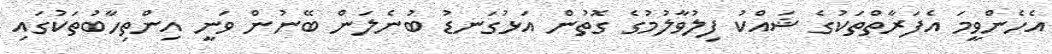
އެހެންވީމަ އެފަރާތްތަކުގެ ޝައްކު ފިލުވާލުމުގެ ގޮތުން އަޅުގަނޑު ބުނެލަން ބޭނުން ވަނީ އިންތިހާބުތަކުގައި